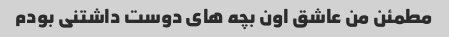
مطمئن من عاشق اون بچه های دوست داشتنی بودم